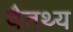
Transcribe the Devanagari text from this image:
वैतथ्य